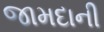
જામદાની